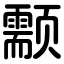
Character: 颥